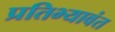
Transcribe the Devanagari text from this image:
प्रतिभ्यावंत